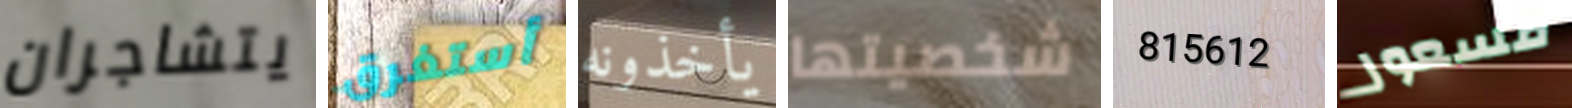
يتشاجران أستغرق يأخذونه شخصيتها 815612 مسعور